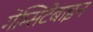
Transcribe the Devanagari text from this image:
गेम्सिटेबाइन